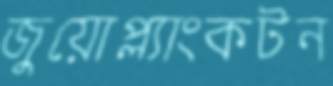
জুয়োপ্ল্যাংকটন